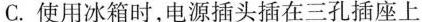
C.使用冰箱时，电源插头插在三孔插座上